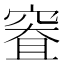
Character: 𰩐